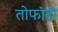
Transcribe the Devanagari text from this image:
तोफांही